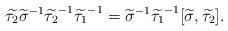
LaTeX: \begin{align*}\widetilde {\tau_2} {\widetilde {\sigma}}^{-1} {\widetilde {\tau_2}}^{-1} {\widetilde {\tau_1}}^{-1} ={\widetilde \sigma}^{-1} {\widetilde {\tau_1}}^{-1} [\widetilde \sigma, \widetilde {\tau_2}].\end{align*}